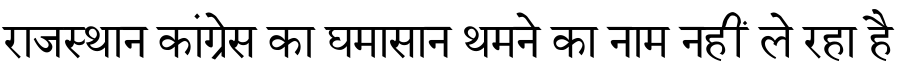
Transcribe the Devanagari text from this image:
राजस्थान कांग्रेस का घमासान थमने का नाम नहीं ले रहा है